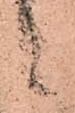
候